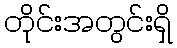
တိုင်းအတွင်းရှိ